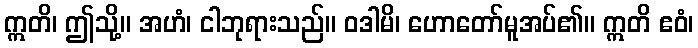
ဣတိ၊ ဤသို့။ အဟံ၊ ငါဘုရားသည်။ ဝဒါမိ၊ ဟောတော်မူအပ်၏။ ဣတိ ဧဝံ၊